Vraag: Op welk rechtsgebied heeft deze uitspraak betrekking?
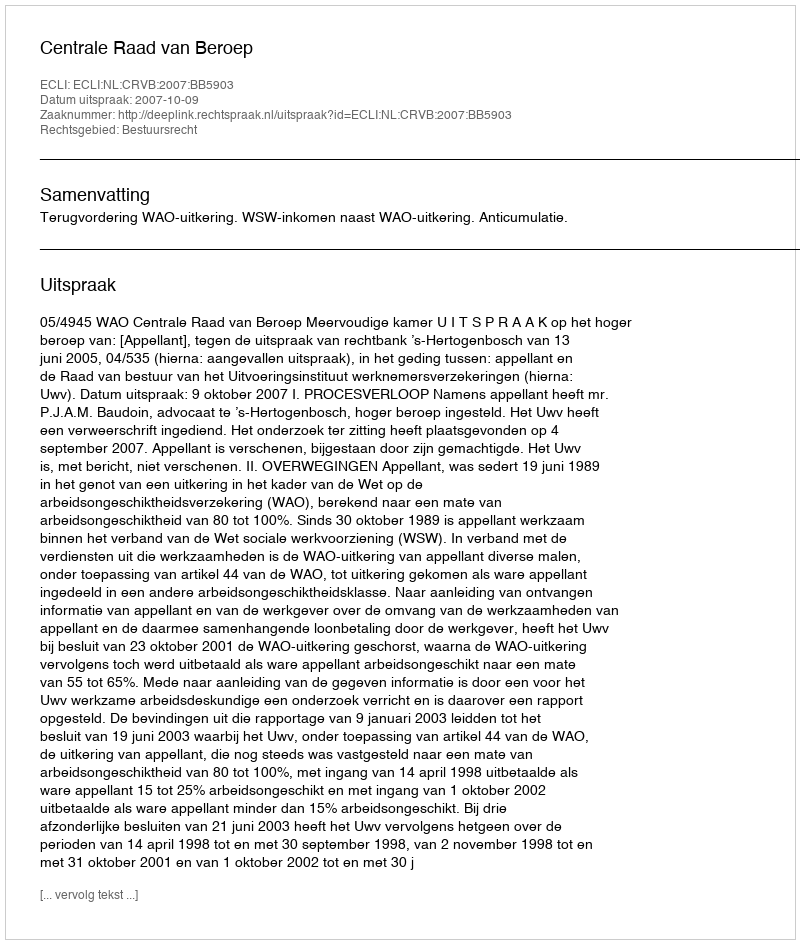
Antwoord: Bestuursrecht